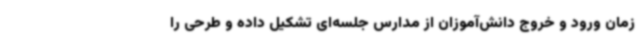
زمان ورود و خروج دانش‌آموزان از مدارس جلسه‌ای تشکیل داده و طرحی را